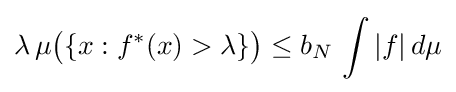
\lambda \,\mu {\bigl (}\{x:f^{*}(x)>\lambda \}{\bigr )}\leq b_{N}\,\int |f|\,d\mu